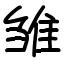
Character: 雏